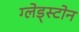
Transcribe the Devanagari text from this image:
ग्लेड्स्टोन